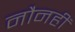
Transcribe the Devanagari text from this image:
नौनहीं